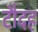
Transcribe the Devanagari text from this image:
टौदह